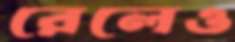
রেলেও